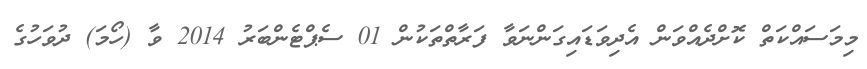
މިމަސައްކަތް ކޮށްދެއްވަން އެދިވަޑައިގަންނަވާ ފަރާތްތަކުން 01 ސެޕްޓެންބަރު 2014 ވާ (ހޯމަ) ދުވަހުގެ